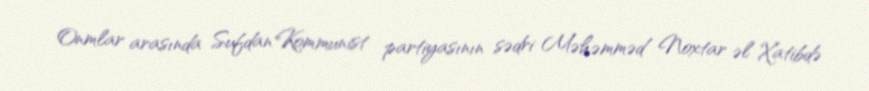
Onmlar arasında Sufdan Kommunist partiyasının sədri Məhəmməd Noxtar əl Xatibdə